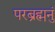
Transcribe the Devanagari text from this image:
परब्रह्मनुं